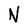
Character: N